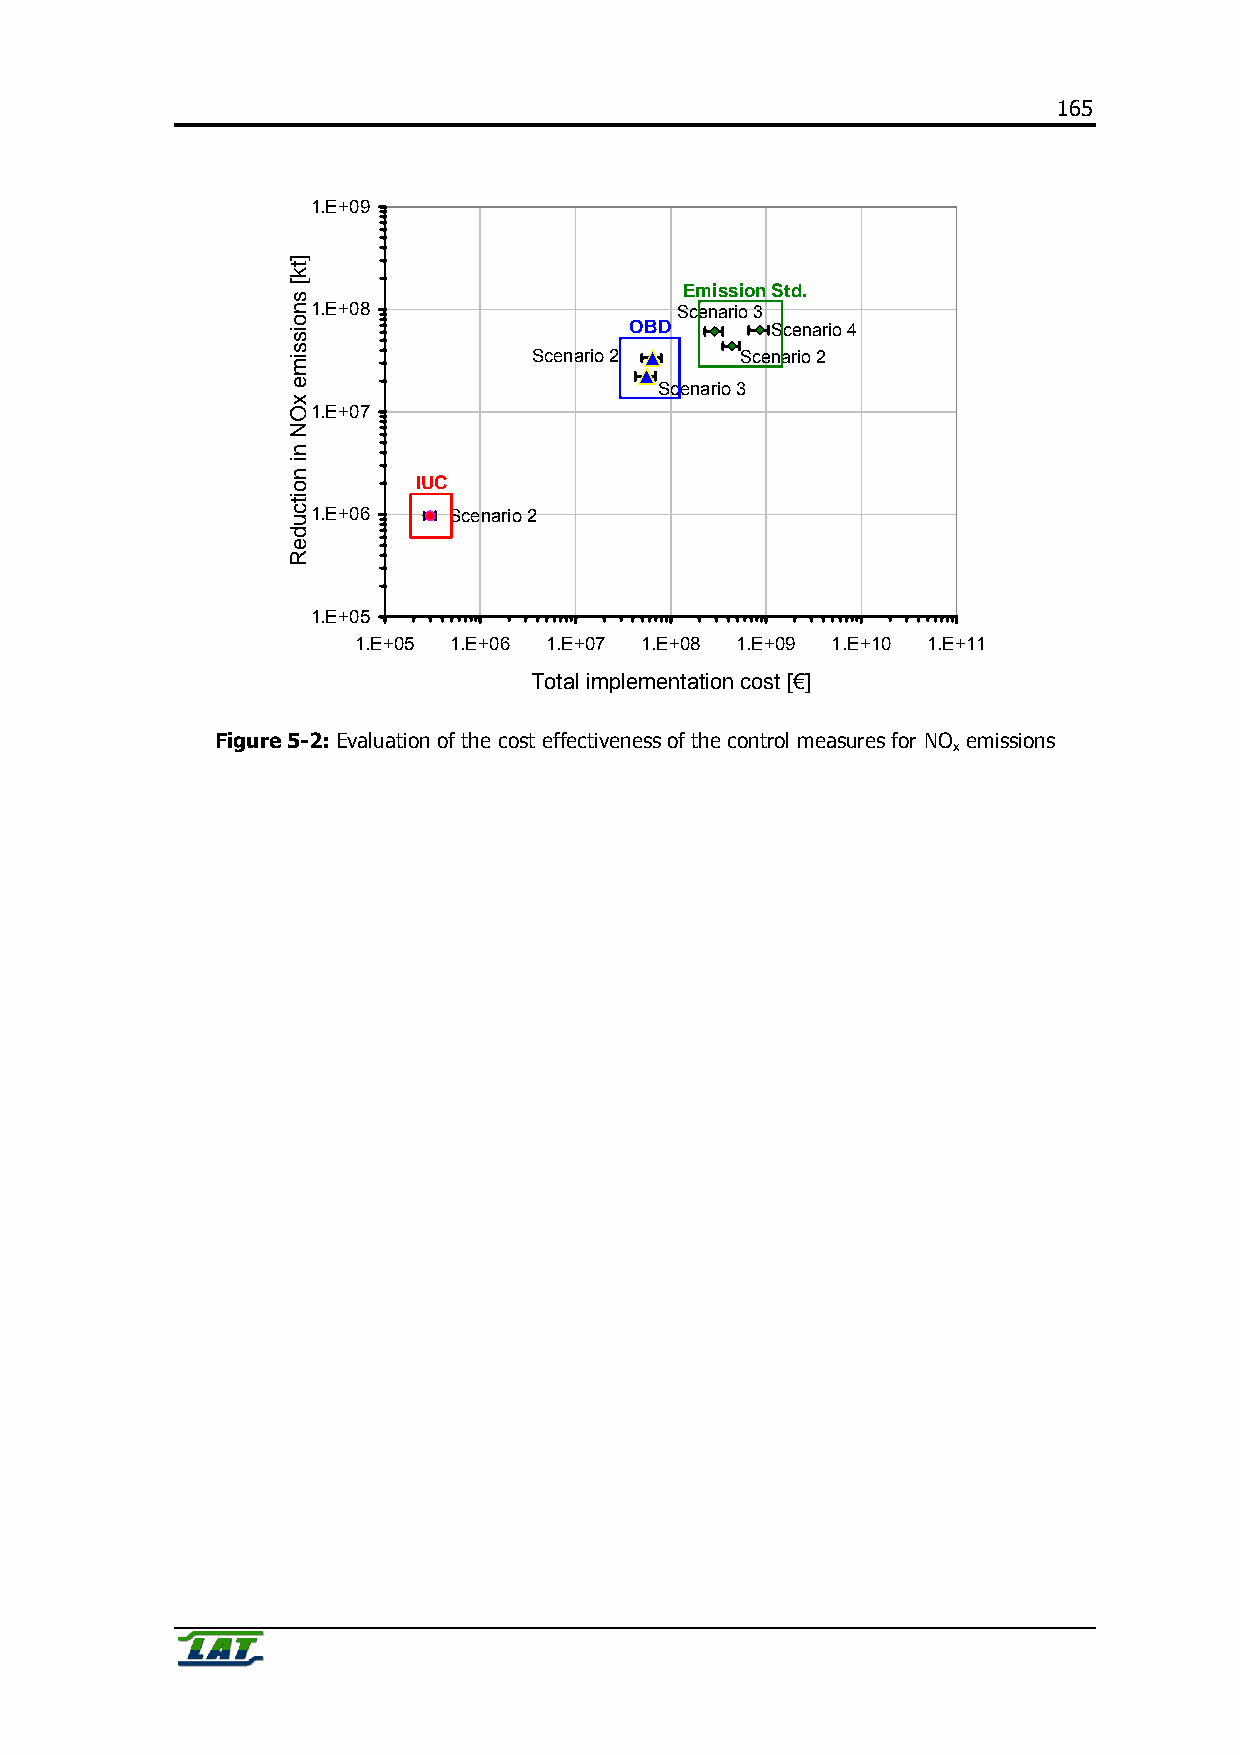
165
 1.E+09
 Emission Std.
 1.E+08                  Scenario 3
 OBD      Scenario 4
 Scenario 2    Scenario 2
 Scenario 3
 1.E+07
 IUC
 1.E+06   Scenario 2
 1.E+05
 1.E+05 1.E+06 1.E+07 1.E+08 1.E+09 1.E+10 1.E+11
 Total implementation cost [€]
 Figure 5-2: Evaluation of the cost effectiveness of the control measures for NO emissions
 x
 ]tk[
 snoissime
 xON
 ni
 noitcudeR